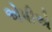
એપીએ